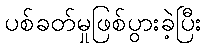
ပစ်ခတ်မှုဖြစ်ပွားခဲ့ပြီး